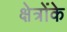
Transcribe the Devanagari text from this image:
क्षेत्रोंके